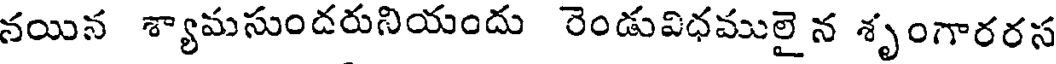
నయిన శ్యామసుందరునియందు రెండువిధములై న శృంగారరస